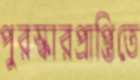
পুরস্কারপ্রাপ্তিতে